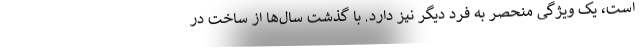
است، یک ویژگی منحصر به فرد دیگر نیز دارد. با گذشت سال‌ها از ساخت در